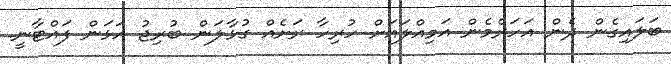
ބަލައިގެން ދެން އަހަރެމެން އަމިއްލައަށް ހުރިހާ ރަށެއް ގުޅާލަން ބުރިޖު އަޅަން ފައްޓާނީ.